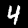
Label: 4